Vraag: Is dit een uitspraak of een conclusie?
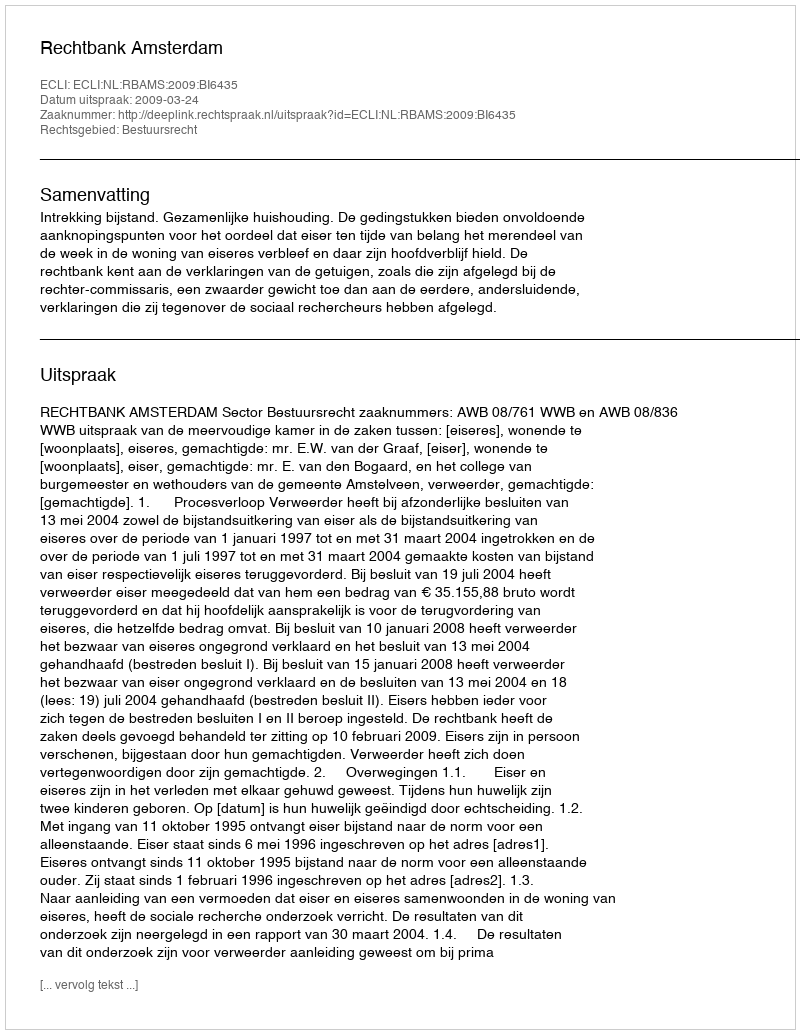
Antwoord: Uitspraak